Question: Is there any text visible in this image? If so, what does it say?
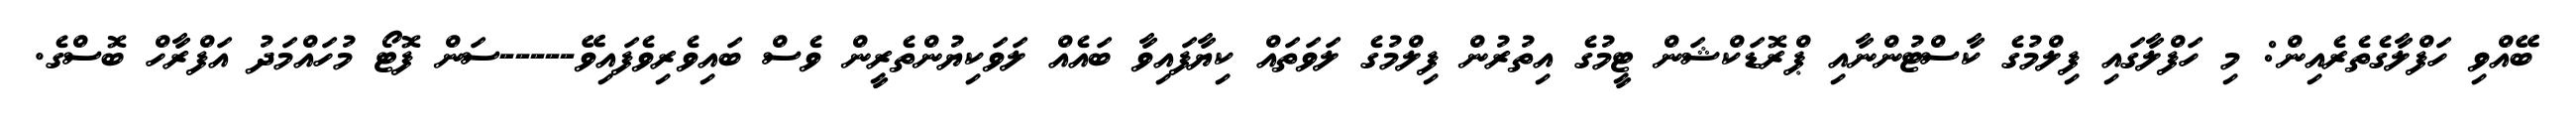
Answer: ބޭއްވި ހަފްލާގެތެރެއިން: މި ހަފްލާގައި ފިލްމުގެ ކާސްޓުންނާއި ޕްރޮޑަކްޝަން ޓީމުގެ އިތުރުން ފިލްމުގެ ލަވަތައް ކިޔާފައިވާ ބައެއް ލަވަކިޔުންތެރީން ވެސް ބައިވެރިވެފައިވޭ-----ސަން ފޮޓޯ މުހައްމަދު އަފްރާހް ބޮސްގެ.